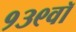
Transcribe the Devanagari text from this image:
१३९वॉ